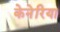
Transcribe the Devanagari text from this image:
केनेरिया